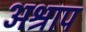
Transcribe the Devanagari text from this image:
अश्राप